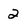
Character: 2